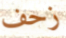
زحف